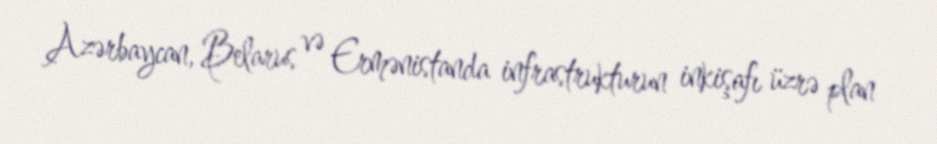
Azərbaycan, Belarus və Ermənistanda infrastrukturun inkişafı üzrə plan